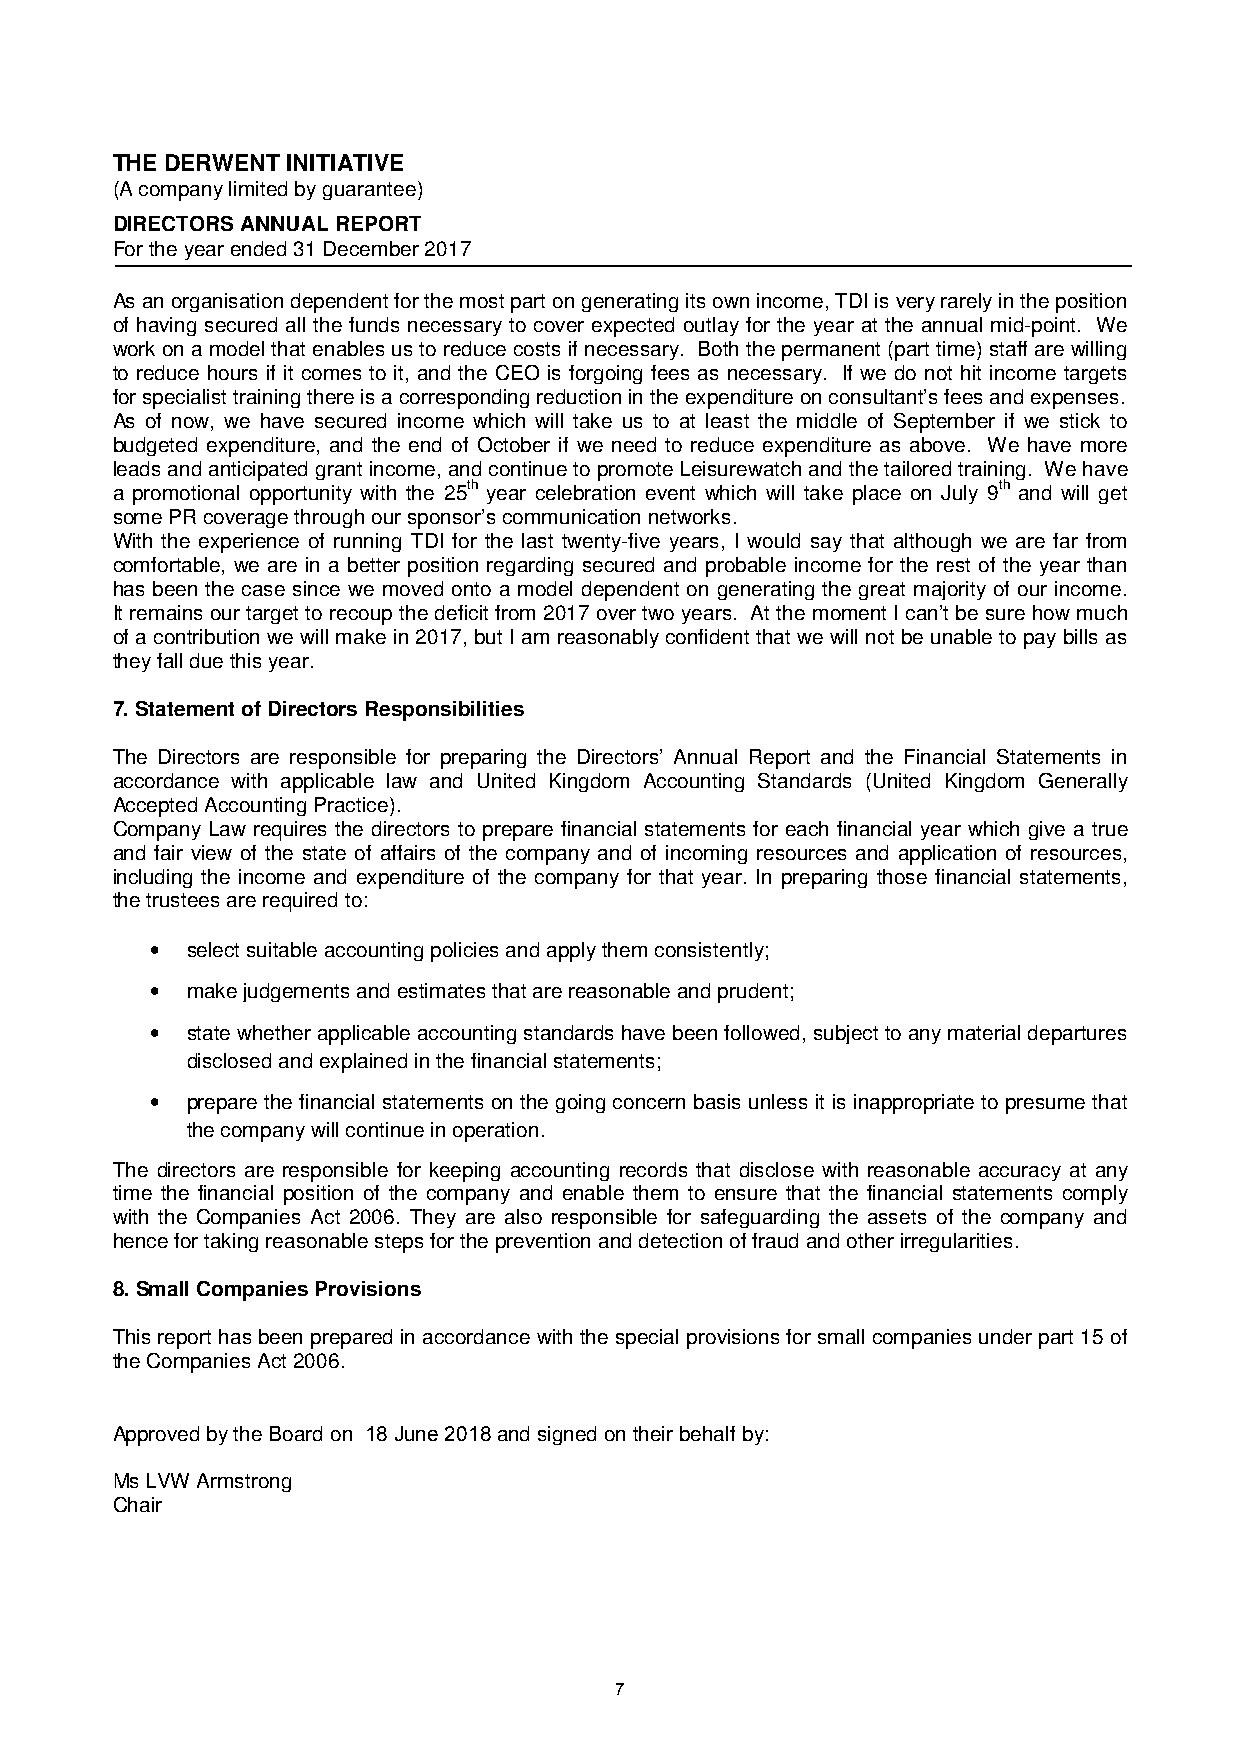
THE DERWENT INITIATIVE
 (A company limited by guarantee)
 DIRECTORS ANNUAL REPORT
 For the year ended 31 December 2017
 As an organisation dependent for the most part on generating its own income, TDI is very rarely in the position
 of having secured all the funds necessary to cover expected outlay for the year at the annual mid-point. We
 work on a model that enables us to reduce costs if necessary. Both the permanent (part time) staff are willing
 to reduce hours if it comes to it, and the CEO is forgoing fees as necessary. If we do not hit income targets
 for specialist training there is a corresponding reduction in the expenditure on consultant’s fees and expenses.
 As of now, we have secured income which will take us to at least the middle of September if we stick to
 budgeted expenditure, and the end of October if we need to reduce expenditure as above. We have more
 leads and anticipated grant income, and continue to promote Leisurewatch and the tailored training. We have
 a promotional opportunity with the 25th year celebration event which will take place on July 9th and will get
 some PR coverage through our sponsor’s communication networks.
 With the experience of running TDI for the last twenty-five years, I would say that although we are far from
 comfortable, we are in a better position regarding secured and probable income for the rest of the year than
 has been the case since we moved onto a model dependent on generating the great majority of our income.
 It remains our target to recoup the deficit from 2017 over two years. At the moment I can’t be sure how much
 of a contribution we will make in 2017, but I am reasonably confident that we will not be unable to pay bills as
 they fall due this year.
 7.Statement of Directors Responsibilities
 The Directors are responsible for preparing the Directors’ Annual Report and the Financial Statements in
 accordance with applicable law and United Kingdom Accounting Standards (United Kingdom Generally
 Accepted Accounting Practice).
 Company Law requires the directors to prepare financial statements for each financial year which give a true
 and fair view of the state of affairs of the company and of incoming resources and application of resources,
 including the income and expenditure of the company for that year. In preparing those financial statements,
 the trustees are required to:
 • select suitable accounting policies and apply them consistently;
 • make judgements and estimates that are reasonable and prudent;
 • state whether applicable accounting standards have been followed, subject to any material departures
 disclosed and explained in the financial statements;
 • prepare the financial statements on the going concern basis unless it is inappropriate to presume that
 the company will continue in operation.
 The directors are responsible for keeping accounting records that disclose with reasonable accuracy at any
 time the financial position of the company and enable them to ensure that the financial statements comply
 with the Companies Act 2006. They are also responsible for safeguarding the assets of the company and
 hence for taking reasonable steps for the prevention and detection of fraud and other irregularities.
 8. Small Companies Provisions
 This report has been prepared in accordance with the special provisions for small companies under part 15 of
 the Companies Act 2006.
 Approved by the Board on 18 June 2018 and signed on their behalf by:
 Ms LVW Armstrong
 Chair
 7